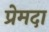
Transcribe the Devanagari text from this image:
प्रेमदा